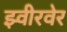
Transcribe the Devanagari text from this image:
झ्वीरवेर